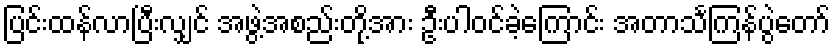
ပြင်းထန်လာပြီးလျှင် အဖွဲ့အစည်းတို့အား ဦးပါဝင်ခဲ့ကြောင်း အတာသင်္ကြန်ပွဲတော်